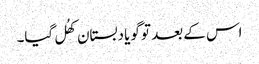
اس کے بعد تو گویا دبستان کھُل گیا۔